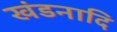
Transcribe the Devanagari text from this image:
खंडनादि